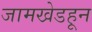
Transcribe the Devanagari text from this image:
जामखेडहून